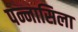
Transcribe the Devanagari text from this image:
पन्नासिला